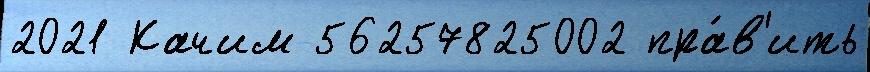
2021 Качим 56257825002 пра́в'ить